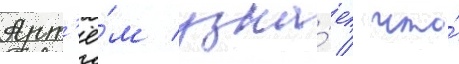
Арт'ё́м узна́ет / что́